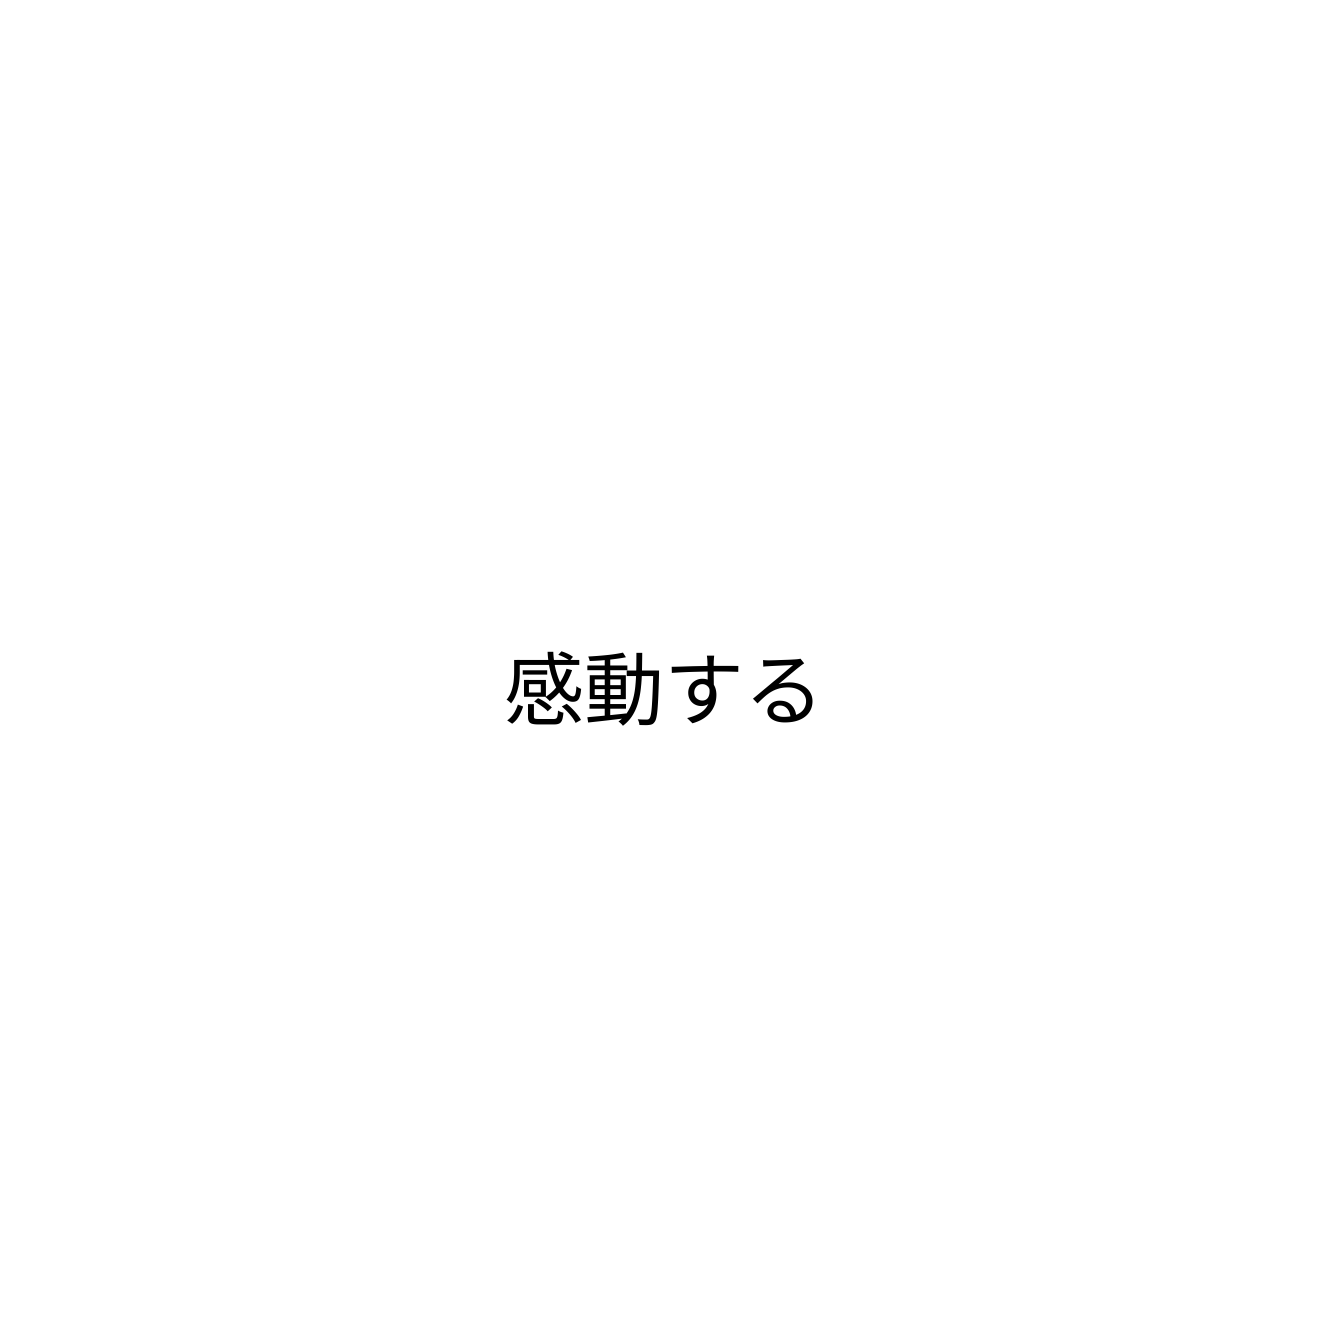
感動する